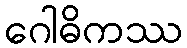
ဂေါဓိကဿ